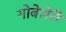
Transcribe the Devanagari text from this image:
गोबेसेरी